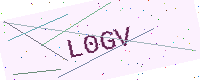
Text: L0GV